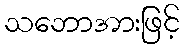
သဘောအားဖြင့်